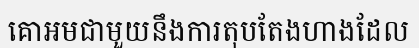
គោអមជាមួយនឹងការតុបតែងហាងដែល